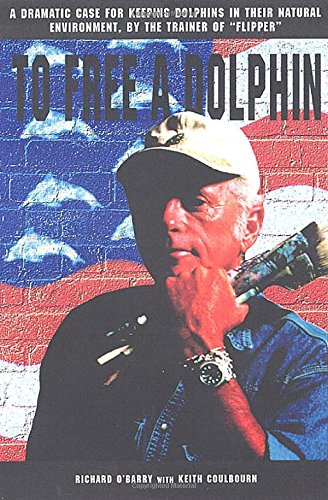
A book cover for To Free a Dolphin; Keith Coulbourn; Sports & Outdoors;